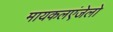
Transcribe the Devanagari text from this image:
मायकलएंजेलो